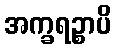
အက္ခရဉ္စာပိ